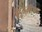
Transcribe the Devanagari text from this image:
अॅड्रेनलजिक